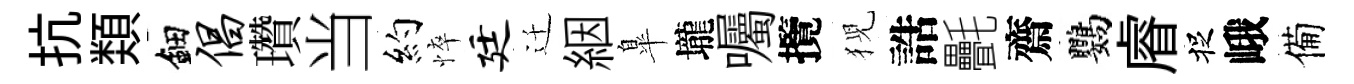
抗𩔖鈿倡瓚当約悴廷迁絪臯壠囑攬猊誥㲲齋鸚𥈠捉峨備